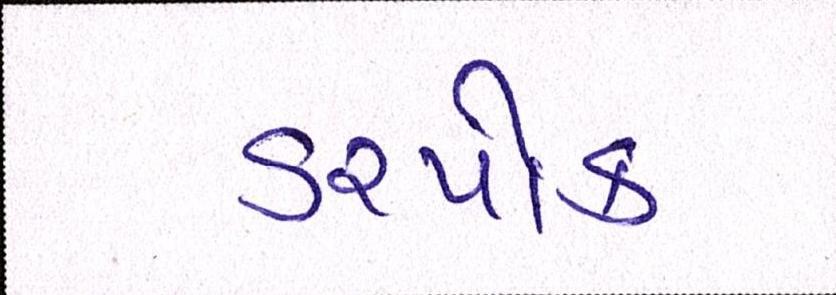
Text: ડરપોક